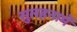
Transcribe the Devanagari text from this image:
सुलहनामें